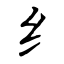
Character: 纟